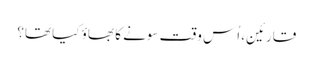
قارئین، اُس وقت سونے کا بھاؤ کیا تھا؟